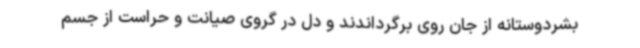
بشردوستانه از جان روی برگرداندند و دل در گروی صیانت و حراست از جسم